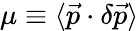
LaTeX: \mu\equiv\langle\vec{p}\cdot\delta\vec{p}\rangle